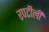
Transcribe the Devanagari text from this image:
रपटीली